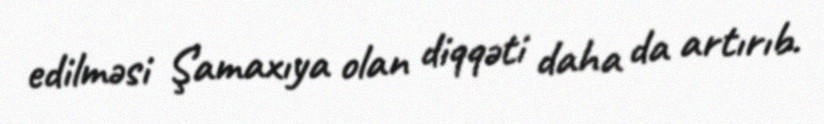
edilməsi Şamaxıya olan diqqəti daha da artırıb.